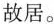
故居。